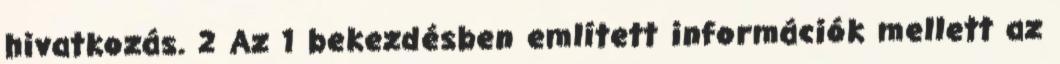
hivatkozás. 2 Az 1 bekezdésben említett információk mellett az